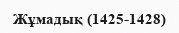
Жұмадық (1425-1428)